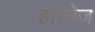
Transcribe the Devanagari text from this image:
हाॅलोज